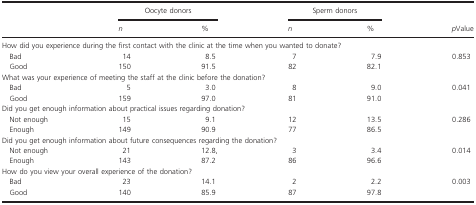
|  | <COLSPAN=2> Oocyte donors | <COLSPAN=2> Sperm donors |  |
 |  | n | % | n | % | pValue |
 | --- | --- | --- | --- | --- | --- |
 | <COLSPAN=6> How did you experience during the first contact with the clinic at the time when you wanted to donate? |
 | Bad | 14 | 8.5 | 7 | 7.9 | <ROWSPAN=2> 0.853 |
 | Good | 150 | 91.5 | 82 | 82.1 |
 | <COLSPAN=6> What was your experience of meeting the staff at the clinic before the donation? |
 | Bad | 5 | 3.0 | 8 | 9.0 | <ROWSPAN=2> 0.041 |
 | Good | 159 | 97.0 | 81 | 91.0 |
 | <COLSPAN=6> Did you get enough information about practical issues regarding donation? |
 | Not enough | 15 | 9.1 | 12 | 13.5 | <ROWSPAN=2> 0.286 |
 | Enough | 149 | 90.9 | 77 | 86.5 |
 | <COLSPAN=6> Did you get enough information about future consequences regarding the donation? |
 | Not enough | 21 | 12.8, | 3 | 3.4 | <ROWSPAN=2> 0.014 |
 | Enough | 143 | 87.2 | 86 | 96.6 |
 | <COLSPAN=6> How do you view your overall experience of the donation? |
 | Bad | 23 | 14.1 | 2 | 2.2 | <ROWSPAN=2> 0.003 |
 | Good | 140 | 85.9 | 87 | 97.8 |